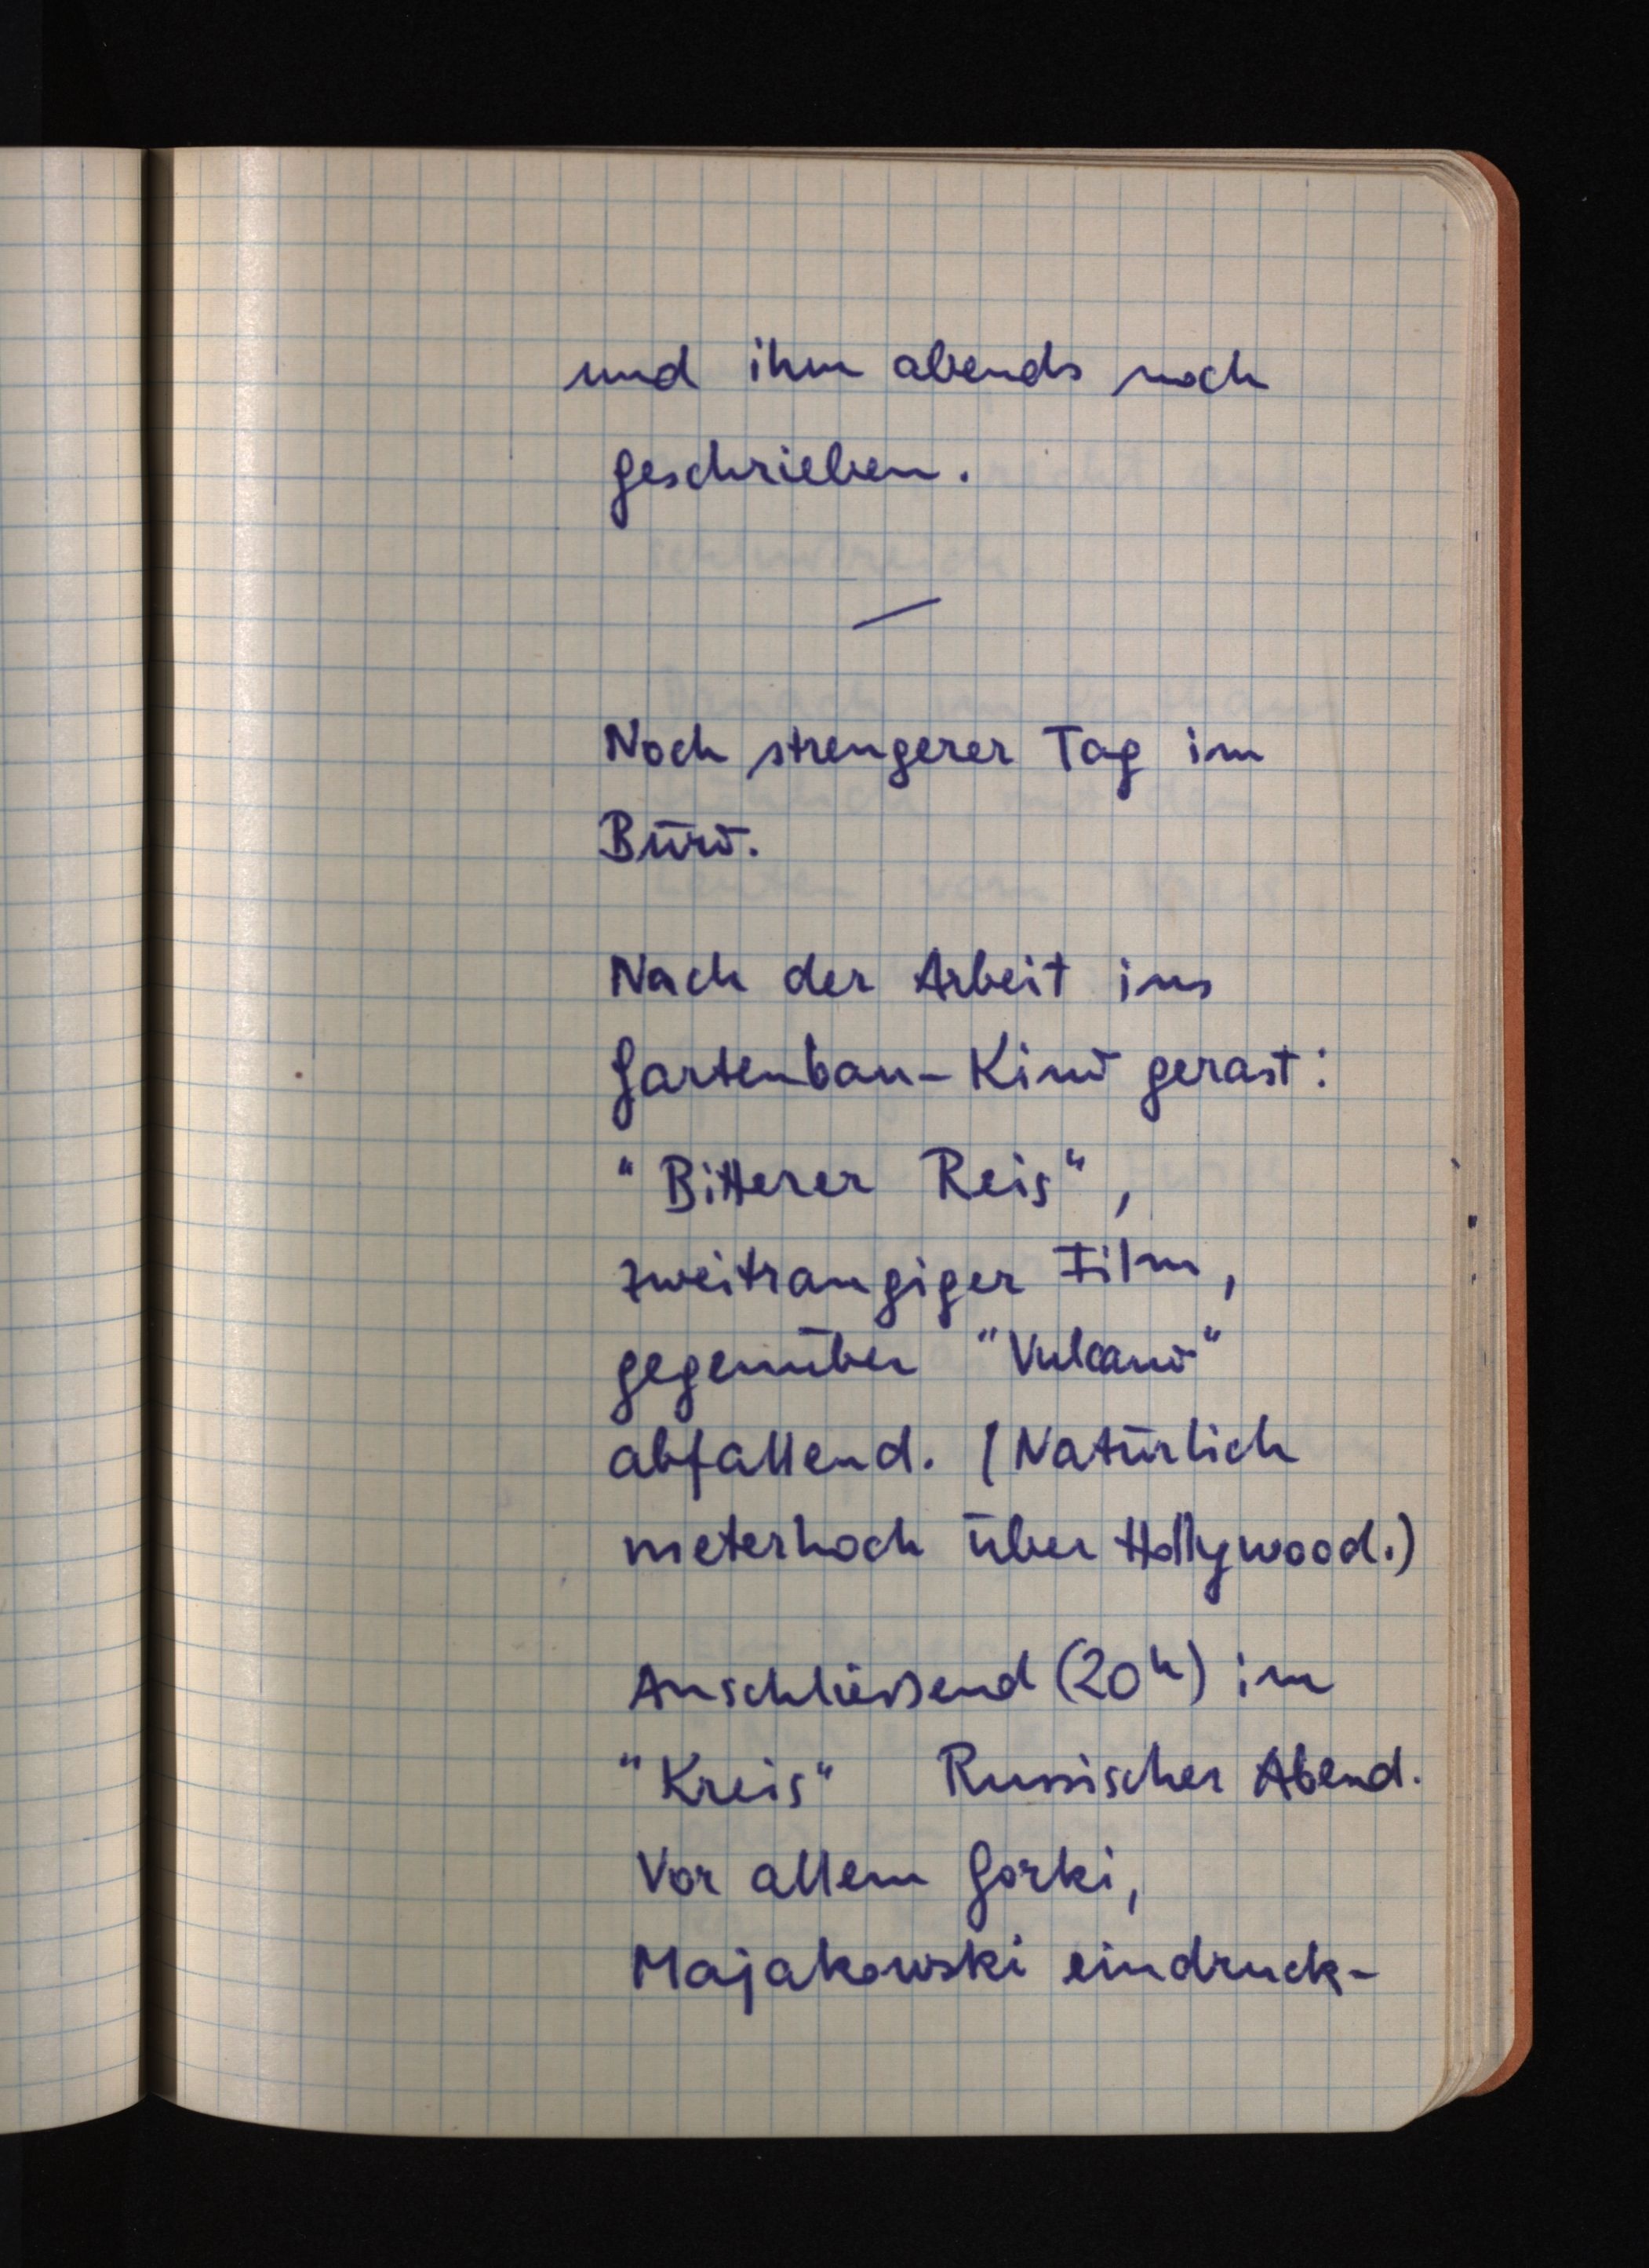
und ihm abends noch
geschrieben.
Noch strengerer Tag im
Büro.
Nach der Arbeit ins
Gartenbau-Kino gerast:
"Bitterer Reis",
zweitrangiger Film,
gegenüber "Vulcano"
abfallend. (Natürlich
meterhoch über Hollywood.)
Anschließend (20h) im
"Kreis"Russischer Abend.
Vor allem Gorki,
Majakowski eindruck-